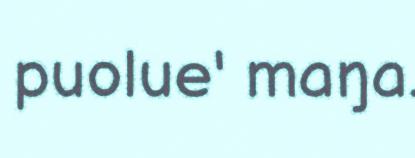
puolue' maŋa.